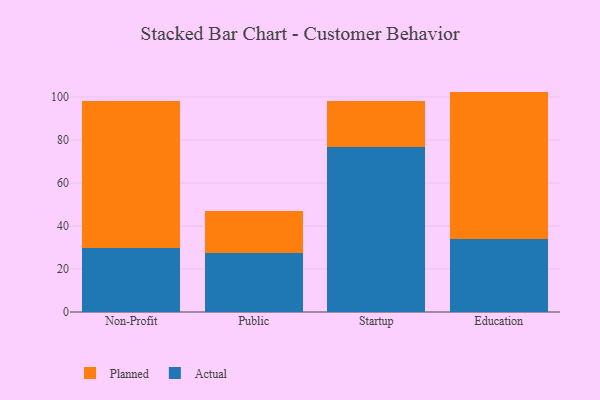
{"axis": {"x": "Segment", "y": "Website Visitors"}, "legend": ["Actual", "Planned"], "data": [{"x": "Non-Profit", "y": 29.9, "type": "Actual"}, {"x": "Non-Profit", "y": 68.3, "type": "Planned"}, {"x": "Public", "y": 27.6, "type": "Actual"}, {"x": "Public", "y": 19.3, "type": "Planned"}, {"x": "Startup", "y": 76.6, "type": "Actual"}, {"x": "Startup", "y": 21.7, "type": "Planned"}, {"x": "Education", "y": 34.0, "type": "Actual"}, {"x": "Education", "y": 68.5, "type": "Planned"}]}